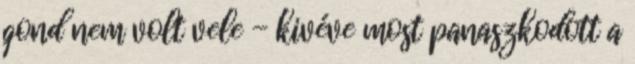
gond nem volt vele - kivéve most panaszkodott a